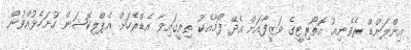
އިންލަންޑް ރެވެނިއު އޮތޯރިޓީގެ ވަޒީފާއަށް އެދޭ ފޯމާއެކު ތިރީގައިވާ އެޑްރެހަށް އެޕްލިކޭޝަން ހުށަހެޅުއްވުން